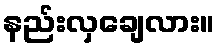
နည်းလှချေလား။